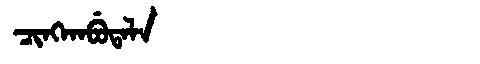
Manchu: ᠴᡳᠩᡴᠠᠪᡠᡨᠠᠯᠠ
Romanization: CINGKABUTALA